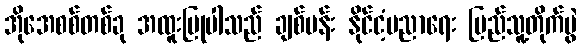
အိုအေစစ်တစ်ခု အထူးပြုပါသည် ချစ်ပန်း နိုင်ငံ့ပညာရေး ပြည်သူ့တိုက်ပွဲ